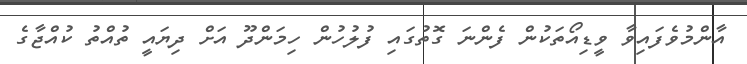
އާންމުވެފައިވާ ވީޑިއޯތަކުން ފެންނަ ގޮތުގައި ފުލުހުން ހިމަންދޫ އަށް ދިޔައީ ތުއްތު ކުއްޖާގެ